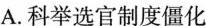
A.科举选官制度僵化